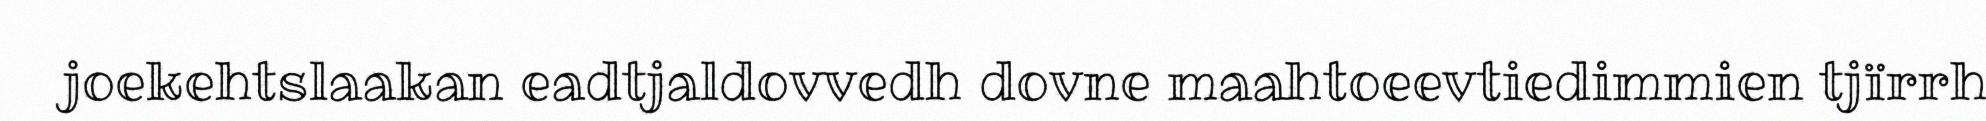
joekehtslaakan eadtjaldovvedh dovne maahtoeevtiedimmien tjïrrh